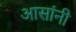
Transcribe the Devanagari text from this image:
आसांनी